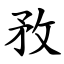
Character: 敄